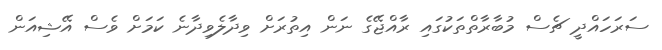
ސަރަހައްދީ ޗެސް މުބާރާތްތަކުގައި ރާއްޖޭގެ ނަން އިތުރަށް ވިދާލެވިދާނެ ކަމަށް ވެސް އޭޝިއަން